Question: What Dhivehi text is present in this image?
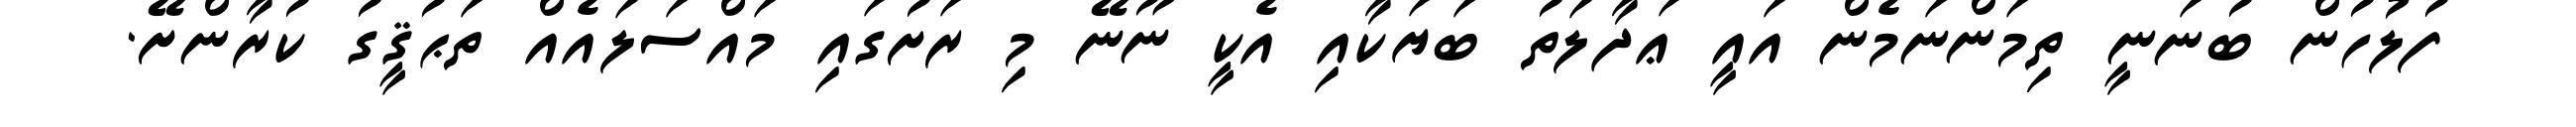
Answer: ފުލުހުން ބުނަނީ ތިމަންނަމެން އައީ ޢަދާލަތު ބަޔަކާއި އެކީ ނޫނޭ މި ރަށުގައި މައްސަލައެއް ތަޙުޤީގު ކުރާންށޭ.